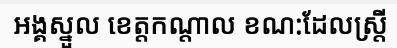
អង្គស្នួល ខេត្តកណ្តាល ខណ:ដែលស្ត្រី